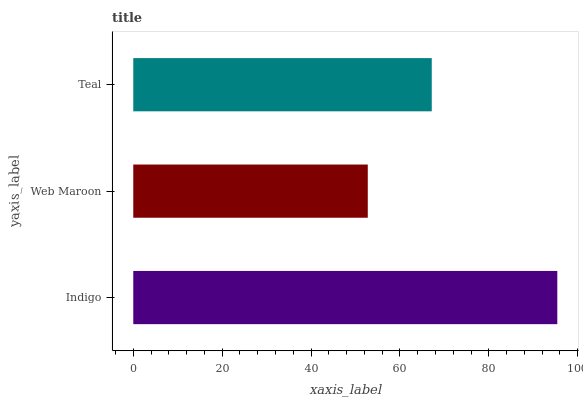
| yaxis_label | bars |
 | --- | --- |
 | Indigo | 95.4 |
 | Web Maroon | 52.8 |
 | Teal | 67.2 |